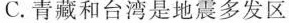
C.青藏和台湾是地震多发区